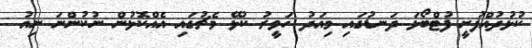
ކުޅުދުއްފުށީ ފުޓްބޯޅަ ދަނޑުގައި މިއަދު ހަވީރު ކުޅޭ މެޗުގައި އެއްކޮޅުން ނުކުންނަ ނިއު